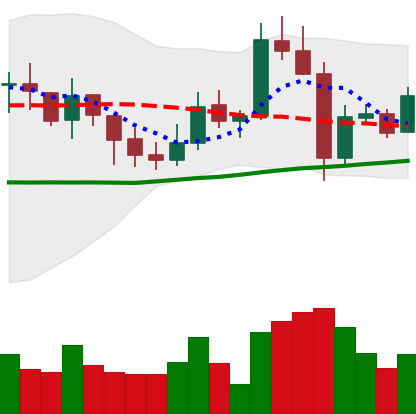
Ticker: XMR-USD
Chart end date: 2021-10-31
Forward return: -6.274%
Label: down_5_7